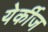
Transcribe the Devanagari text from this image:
येर्कीज